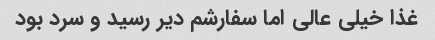
غذا خیلی عالی اما سفارشم دیر رسید و سرد بود